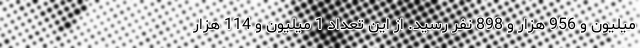
میلیون و 956 هزار و 898 نفر رسید. از این تعداد 1 میلیون و 114 هزار